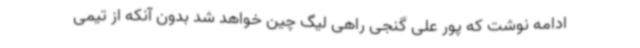
ادامه نوشت که پور علی گنجی راهی لیگ چین خواهد شد بدون آنکه از تیمی